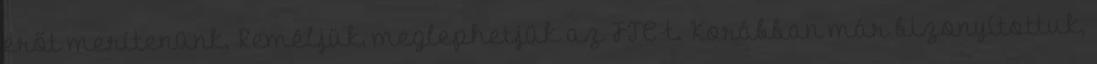
erőt merítenünk. Reméljük, meglephetjük az FTC-t. Korábban már bizonyítottuk,